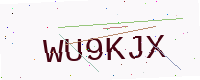
Text: WU9KJX